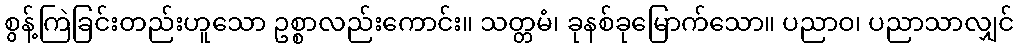
စွန့်ကြဲခြင်းတည်းဟူသော ဥစ္စာလည်းကောင်း။ သတ္တမံ၊ ခုနစ်ခုမြောက်သော။ ပညာဝ၊ ပညာသာလျှင်